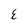
Character: E